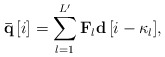
\begin{align*} {\bf{\bar q}}\left[ i \right] = \sum\limits_{l = 1}^{L'} {{{{\bf{F}}}_l}{\bf{d}}\left[ {i - {\kappa _l}} \right]}, \end{align*}